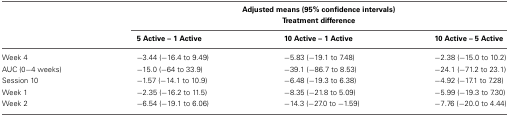
<table><thead><tr><td></td><td colspan="3"><b>Adjusted means (95% confidence intervals)</b></td></tr><tr><td></td><td colspan="3"><b>Treatment difference</b></td></tr><tr><td></td><td><b>5 Active – 1 Active</b></td><td><b>10 Active – 1 Active</b></td><td><b>10 Active – 5 Active</b></td></tr></thead><tbody><tr><td>Week 4</td><td>−3.44 (−16.4 to 9.49)</td><td>−5.83 (−19.1 to 7.48)</td><td>−2.38 (−15.0 to 10.2)</td></tr><tr><td>AUC (0−4 weeks)</td><td>−15.0 (−64 to 33.9)</td><td>−39.1 (−86.7 to 8.53)</td><td>−24.1 (−71.2 to 23.1)</td></tr><tr><td>Session 10</td><td>−1.57 (−14.1 to 10.9)</td><td>−6.48 (−19.3 to 6.38)</td><td>−4.92 (−17.1 to 7.28)</td></tr><tr><td>Week 1</td><td>−2.35 (−16.2 to 11.5)</td><td>−8.35 (−21.8 to 5.09)</td><td>−5.99 (−19.3 to 7.30)</td></tr><tr><td>Week 2</td><td>−6.54 (−19.1 to 6.06)</td><td>−14.3 (−27.0 to −1.59)</td><td>−7.76 (−20.0 to 4.44)</td></tr></tbody></table>